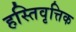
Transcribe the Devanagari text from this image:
हस्तिवृत्तिक